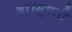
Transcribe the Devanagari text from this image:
डा।मुफ़्ती